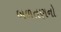
બળતણનો